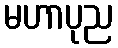
မဟာပုည